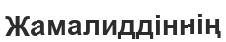
Жамалиддіннің